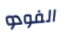
الفودو